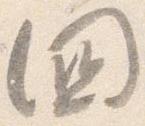
国